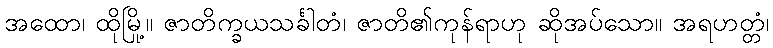
အထော၊ ထိုမြို့။ ဇာတိက္ခယသင်္ခါတံ၊ ဇာတိ၏ကုန်ရာဟု ဆိုအပ်သော။ အရဟတ္တံ၊